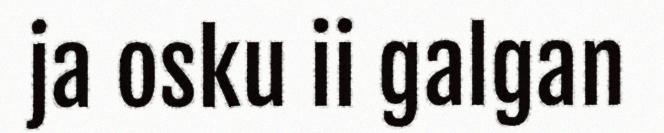
ja osku ii galgan